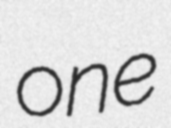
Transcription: one